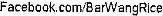
FACEBOOK, COM/BARWANGRICE